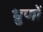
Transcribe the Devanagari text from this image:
भ्रुणों